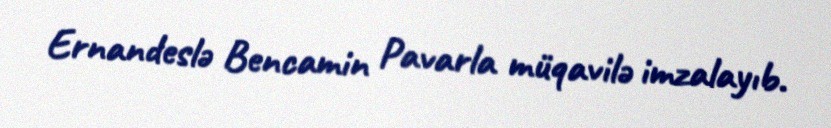
Ernandeslə Bencamin Pavarla müqavilə imzalayıb.